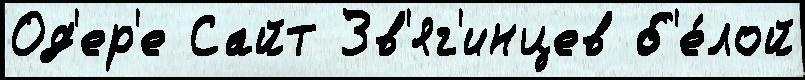
Од'ер'е Сайт Зв'яг'инцев б'е́лой